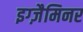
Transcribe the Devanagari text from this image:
इग्ज़ैमिनर